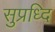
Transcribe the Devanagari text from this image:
सुप्रध्दि